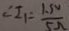
\angle I _ { 1 } = \frac { 1 . 5 V } { 5 \Omega }